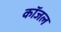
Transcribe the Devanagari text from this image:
कॉजल